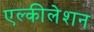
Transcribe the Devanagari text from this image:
एल्कीलेशन